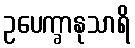
ဥပေက္ခာနုသာရိ